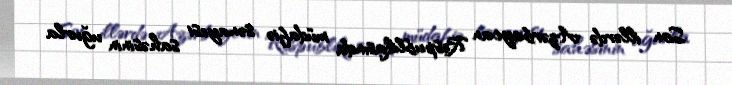
Son illərdə Azərbaycan Respublikasında müdafiə sənayesi sahəsinin uğurla